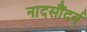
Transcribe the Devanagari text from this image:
नादसौंदर्य